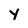
Character: Y